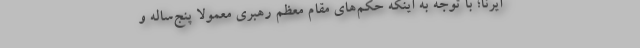
ایرنا؛ با توجه به اینکه حکم‌های مقام معظم رهبری معمولا پنج‌ساله و